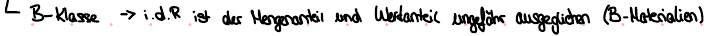
B-Klasse -> i.d.R ist der Mengenanteil und Wertanteil ungefähr ausgeglichen (B-Materialien)